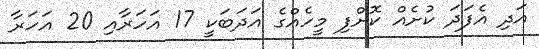
އަދި އެފަދަ ކުށެއް ކޮށްފި މީހެއްގެ އަދަބަކީ 17 އަހަރާއި 20 އަހަރާ